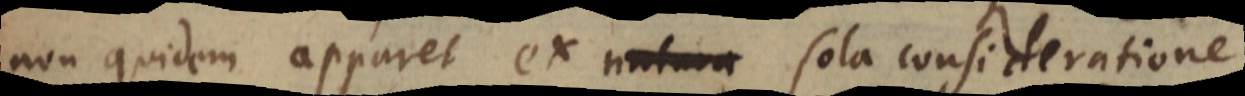
non quidem apparet ex natura sola consideratione